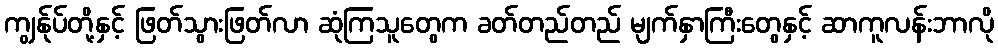
ကျွန်ုပ်တို့နှင့် ဖြတ်သွားဖြတ်လာ ဆုံကြသူတွေက ခတ်တည်တည် မျက်နှာကြီးတွေနှင့် ဆာကူလန်းဘာလို